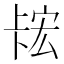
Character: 𫧲